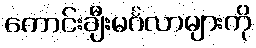
ကောင်းချီးမင်္ဂလာများကို